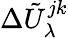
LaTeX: \Delta\tilde{U}_{\lambda}^{jk}